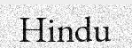
Hindu